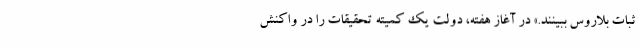
ثبات بلاروس ببینند.» در آغاز هفته، دولت یک کمیته تحقیقات را در واکنش